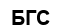
БГС